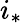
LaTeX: i_{*}